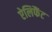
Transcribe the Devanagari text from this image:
ऐलिफैंट